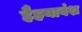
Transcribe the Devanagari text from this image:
हैहयावंश